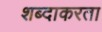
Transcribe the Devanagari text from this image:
शब्दाकरता